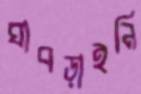
ঘাবড়াইনি